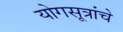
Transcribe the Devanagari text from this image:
योगसूत्रांचे